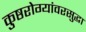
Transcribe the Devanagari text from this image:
कुष्ठरोग्यांवरसुद्धा